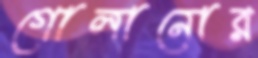
গোলানোর